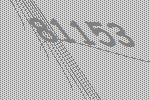
81153